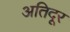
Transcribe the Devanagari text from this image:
अतिदूर